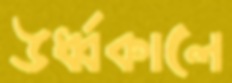
ঊর্ধ্বকালে